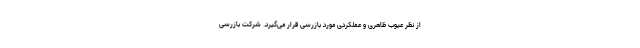
از نظر عیوب ظاهری و عملکردی مورد بازرسی قرار می‌گیرد. شرکت بازرسی